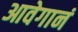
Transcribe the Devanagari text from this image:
आवेगानं